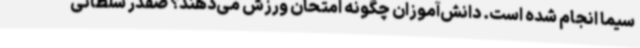
سیما انجام شده است. دانش‌آموزان چگونه امتحان ورزش می‌دهند؟ صفدر سلطانی